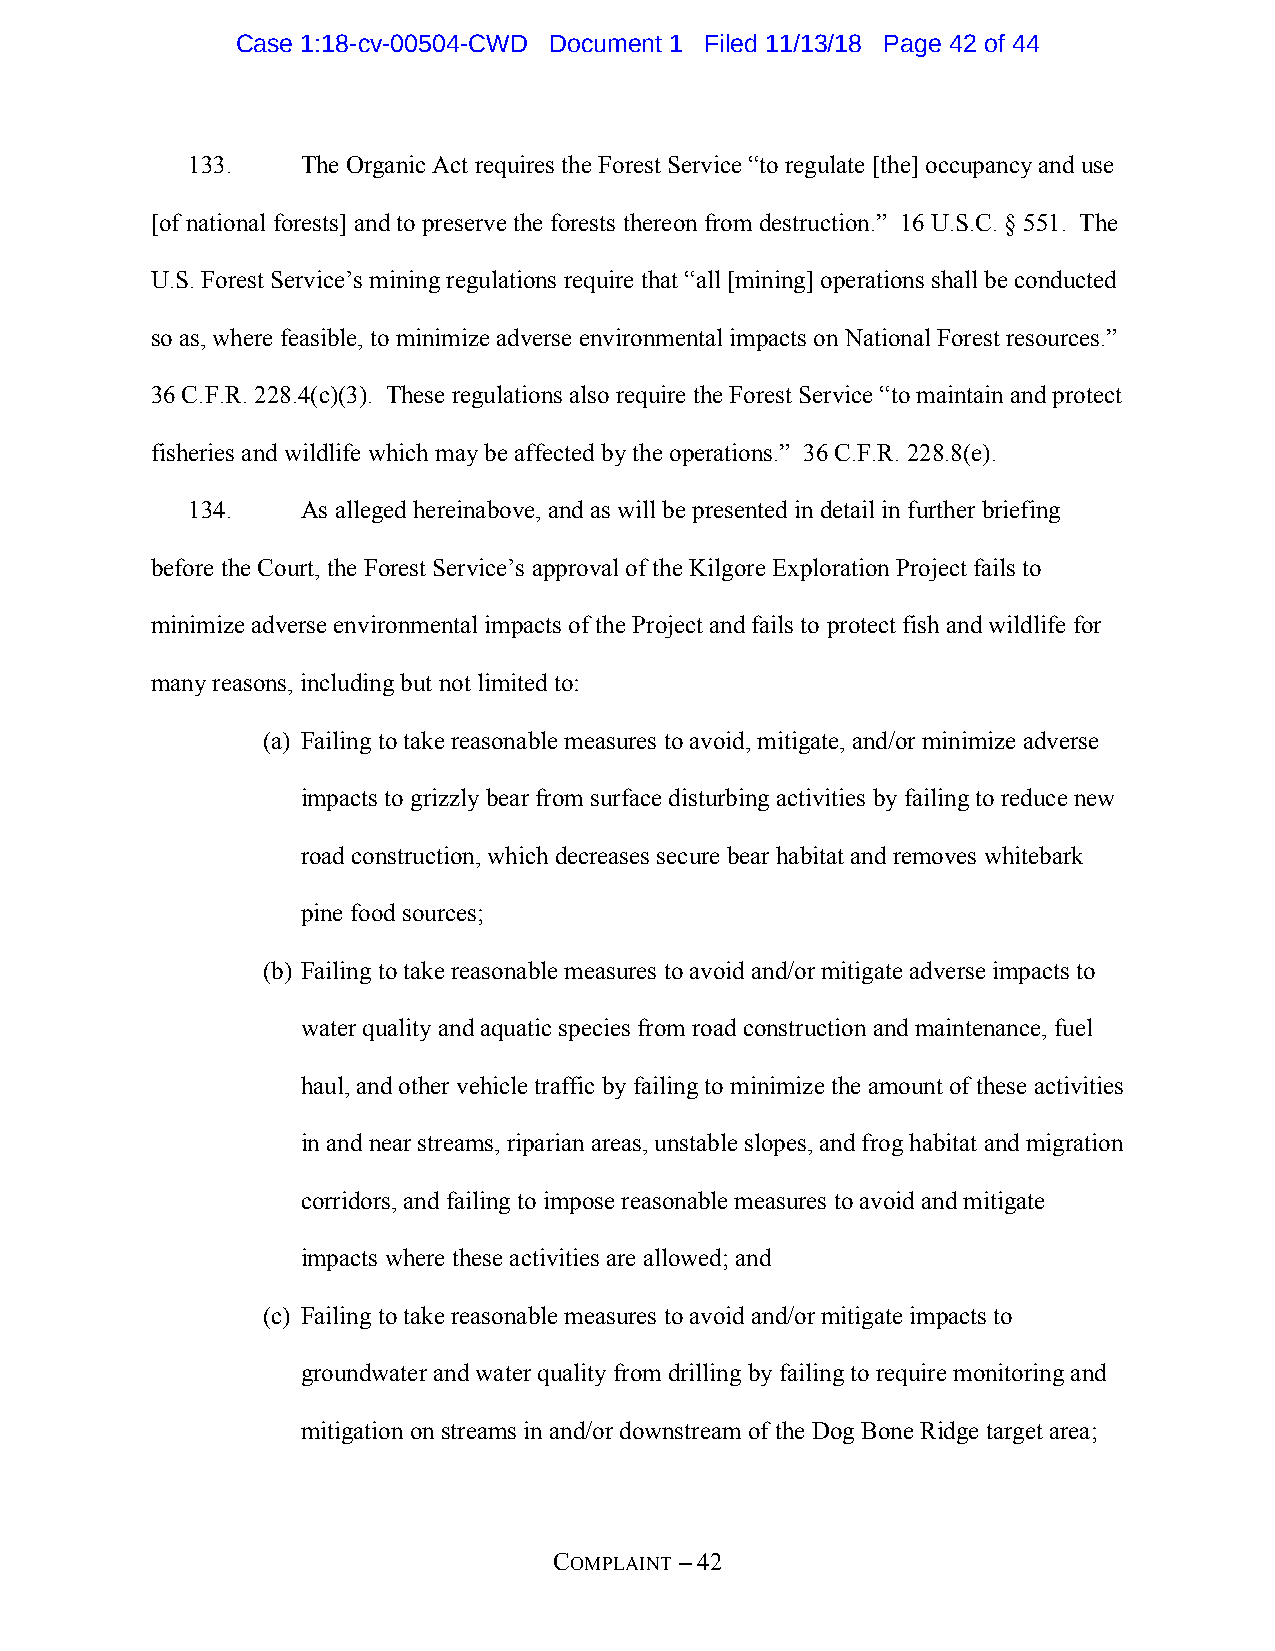
Case 1:18-cv-00504-CWD Document 1 Filed 11/13/18 Page 42 of 44
 133.    The Organic Act requires the Forest Service “to regulate [the] occupancy and use
 [of national forests] and to preserve the forests thereon from destruction.” 16 U.S.C. § 551. The
 U.S. Forest Service’s mining regulations require that “all [mining] operations shall be conducted
 so as, where feasible, to minimize adverse environmental impacts on National Forest resources.”
 36 C.F.R. 228.4(c)(3). These regulations also require the Forest Service “to maintain and protect
 fisheries and wildlife which may be affected by the operations.” 36 C.F.R. 228.8(e).
 134.    As alleged hereinabove, and as will be presented in detail in further briefing
 before the Court, the Forest Service’s approval of the Kilgore Exploration Project fails to
 minimize adverse environmental impacts of the Project and fails to protect fish and wildlife for
 many reasons, including but not limited to:
 (a) Failing to take reasonable measures to avoid, mitigate, and/or minimize adverse
 impacts to grizzly bear from surface disturbing activities by failing to reduce new
 road construction, which decreases secure bear habitat and removes whitebark
 pine food sources;
 (b) Failing to take reasonable measures to avoid and/or mitigate adverse impacts to
 water quality and aquatic species from road construction and maintenance, fuel
 haul, and other vehicle traffic by failing to minimize the amount of these activities
 in and near streams, riparian areas, unstable slopes, and frog habitat and migration
 corridors, and failing to impose reasonable measures to avoid and mitigate
 impacts where these activities are allowed; and
 (c) Failing to take reasonable measures to avoid and/or mitigate impacts to
 groundwater and water quality from drilling by failing to require monitoring and
 mitigation on streams in and/or downstream of the Dog Bone Ridge target area;
 COMPLAINT – 42